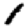
Digit: 1